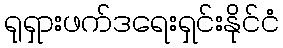
ရုရှားဖက်ဒရေးရှင်းနိုင်ငံ